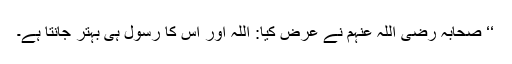
‘‘ صحابہ رضی اللہ عنہم نے عرض کیا: اللہ اور اس کا رسول ہی بہتر جانتا ہے۔